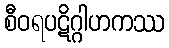
စီဝရပဋိဂ္ဂါဟကဿ